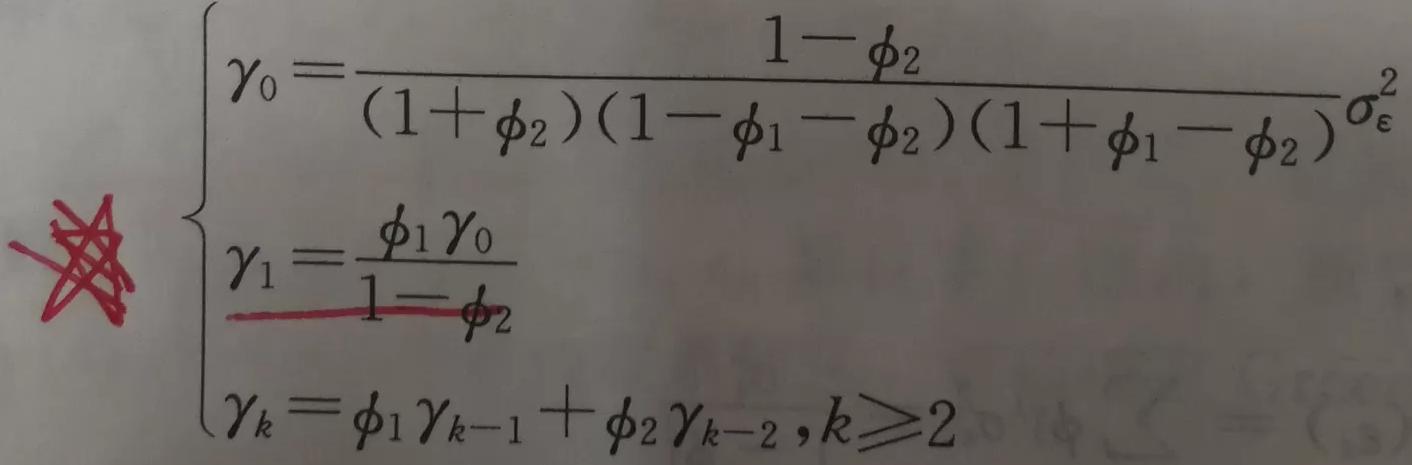
\[
\begin{cases}
\gamma_0 = \frac{1 - \phi_2}{(1 + \phi_2)(1 - \phi_1 - \phi_2)(1 + \phi_1 - \phi_2)}\sigma_{\varepsilon}^2 \\
\gamma_1 = \frac{\phi_1 \gamma_0}{1 - \phi_2} \\
\gamma_k = \phi_1 \gamma_{k - 1} + \phi_2 \gamma_{k - 2}, k\geq2
\end{cases}
\]